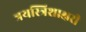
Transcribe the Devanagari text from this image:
त्रयस्त्रिशाक्षरी